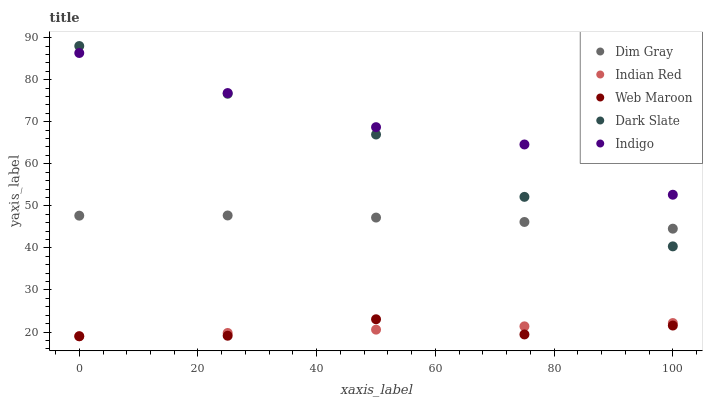
| xaxis_label | Dim Gray | Indian Red | Web Maroon | Dark Slate | Indigo |
 | --- | --- | --- | --- | --- | --- |
 | 0 | 47.7 | 19 | 19 | 88 | 86.3 |
 | 25 | 47.7 | 19.8 | 19.1 | 76.7 | 76.8 |
 | 50 | 47.2 | 20.6 | 23 | 67 | 68.7 |
 | 75 | 46.2 | 21.4 | 19.4 | 52.1 | 64.6 |
 | 100 | 44.6 | 22.1 | 21.5 | 40.4 | 52.6 |